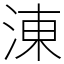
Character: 涷